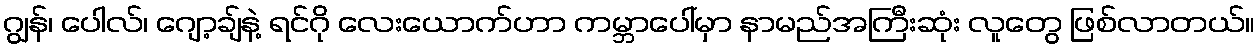
ဂျွန်၊ ပေါလ်၊ ဂျော့ချ်နဲ့ ရင်ဂို လေးယောက်ဟာ ကမ္ဘာပေါ်မှာ နာမည်အကြီးဆုံး လူတွေ ဖြစ်လာတယ်။